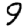
Digit: 9